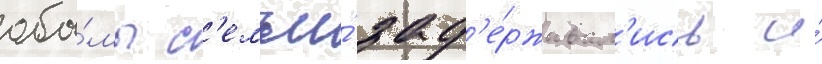
оба́мы с'емьи́ зад'е́рживал'ись и́